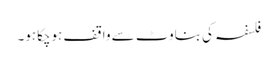
فلسفہ کی بناوٹ سے واقف ہوچکاہو۔